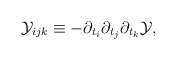
\begin{align*}{\cal Y}_{ijk}\equiv -\partial_{t_{i}}\partial_{t_{j}}\partial_{t_{k}}{\cal Y},\end{align*}